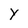
Character: Y